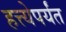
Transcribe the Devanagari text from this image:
हत्त्येपर्यंत